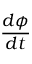
\frac { d \phi } { d t }